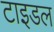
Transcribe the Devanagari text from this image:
टाइडल